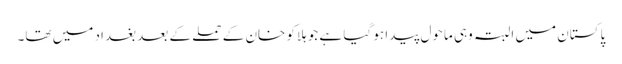
پاکستان میں البتہ وہی ماحول پیدا ہو گیا ہے جو ہلاکو خان کے حملے کے بعد بغداد میں تھا۔